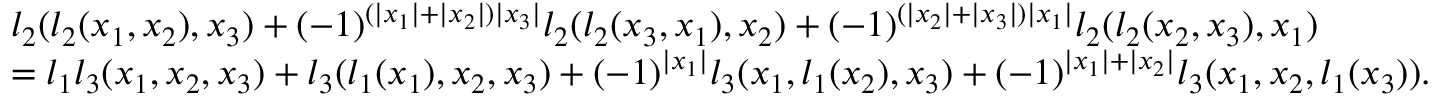
\begin{array} { r l } & { l _ { 2 } ( l _ { 2 } ( x _ { 1 } , x _ { 2 } ) , x _ { 3 } ) + ( - 1 ) ^ { ( | x _ { 1 } | + | x _ { 2 } | ) | x _ { 3 } | } l _ { 2 } ( l _ { 2 } ( x _ { 3 } , x _ { 1 } ) , x _ { 2 } ) + ( - 1 ) ^ { ( | x _ { 2 } | + | x _ { 3 } | ) | x _ { 1 } | } l _ { 2 } ( l _ { 2 } ( x _ { 2 } , x _ { 3 } ) , x _ { 1 } ) } \\ & { = l _ { 1 } l _ { 3 } ( x _ { 1 } , x _ { 2 } , x _ { 3 } ) + l _ { 3 } ( l _ { 1 } ( x _ { 1 } ) , x _ { 2 } , x _ { 3 } ) + ( - 1 ) ^ { | x _ { 1 } | } l _ { 3 } ( x _ { 1 } , l _ { 1 } ( x _ { 2 } ) , x _ { 3 } ) + ( - 1 ) ^ { | x _ { 1 } | + | x _ { 2 } | } l _ { 3 } ( x _ { 1 } , x _ { 2 } , l _ { 1 } ( x _ { 3 } ) ) . } \end{array}